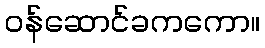
ဝန်ဆောင်ခကကော။